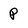
Character: p